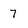
Character: 7